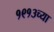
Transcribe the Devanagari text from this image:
१९१३च्या